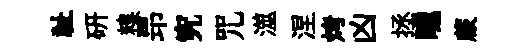
祉硏糗昻究咒澨涅烤凶拯曛蕨